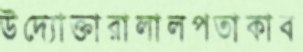
উদ্যোক্তারালালপতাকাব